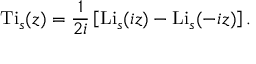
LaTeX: \operatorname { T i } _ { s } ( z ) = { \frac { 1 } { 2 i } } \left[ \operatorname { L i } _ { s } ( i z ) - \operatorname { L i } _ { s } ( - i z ) \right] .